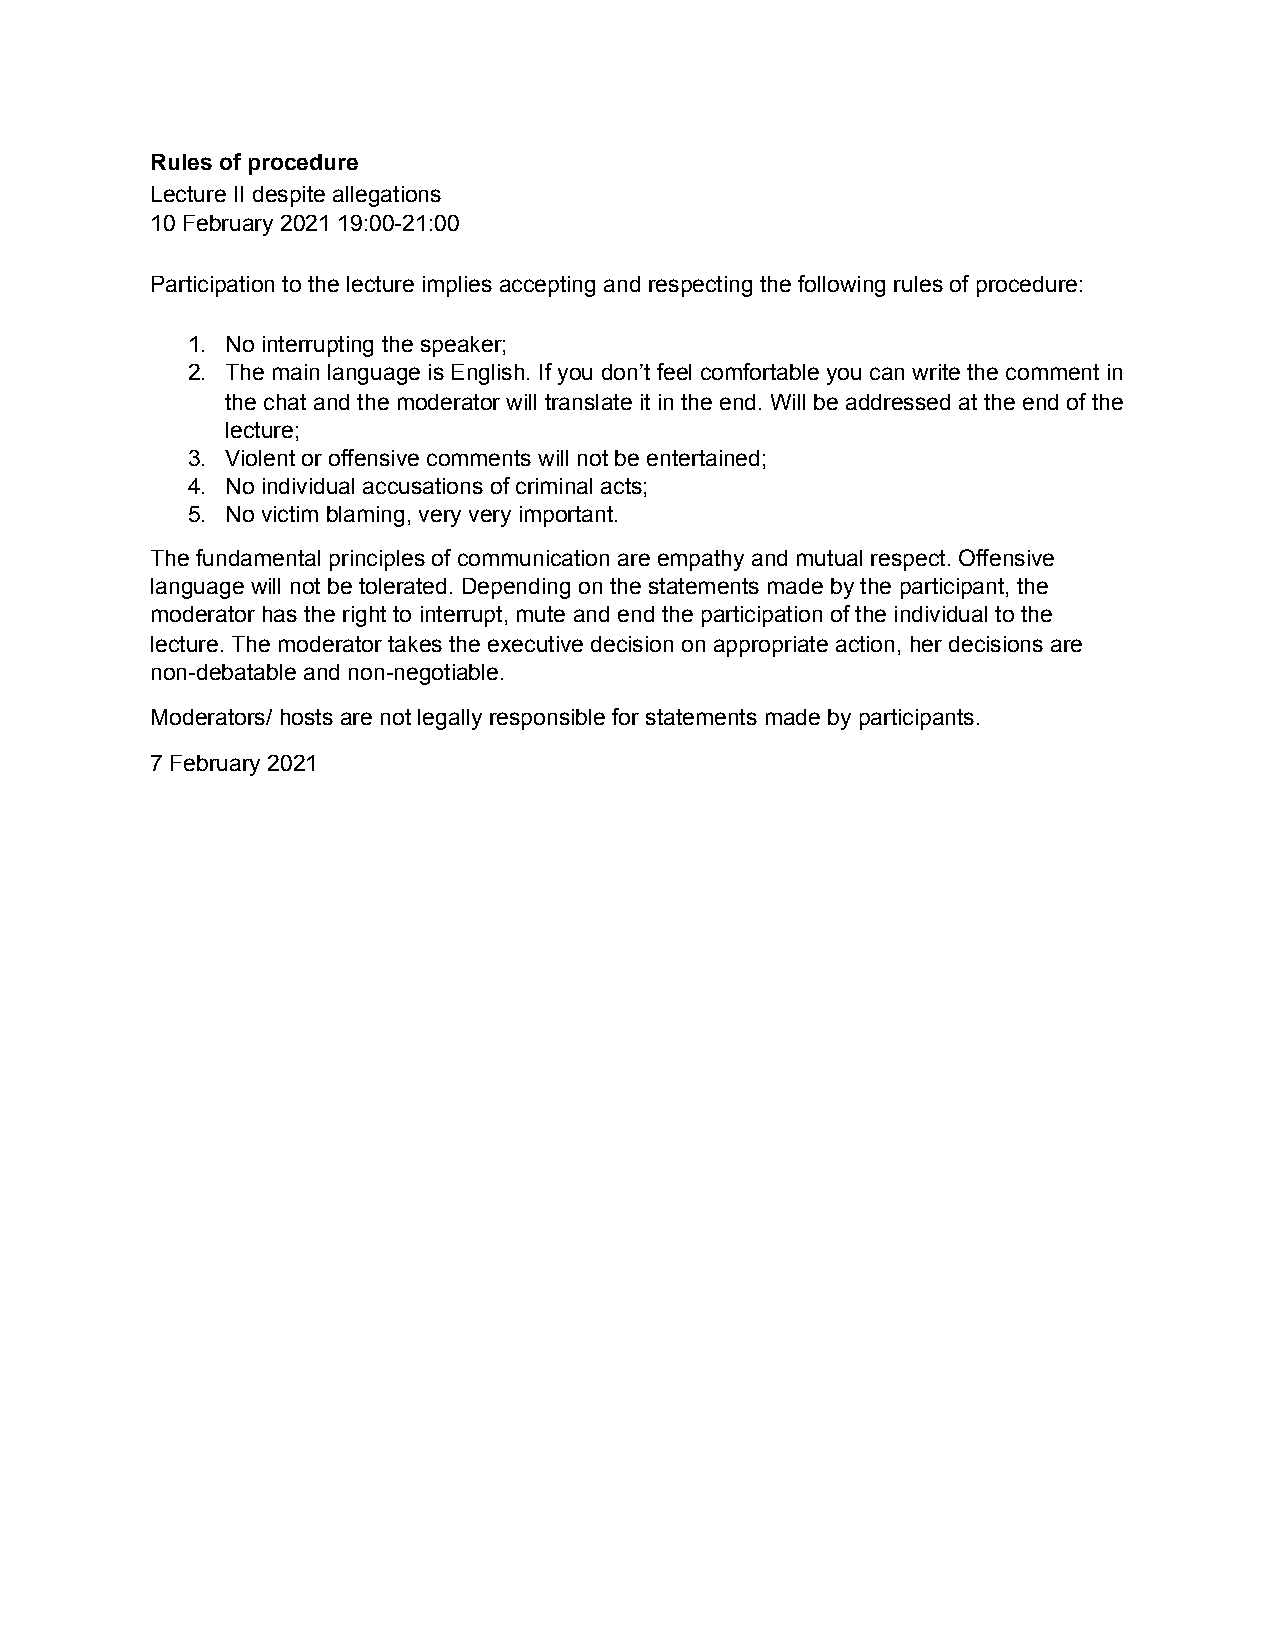
Rules of procedure
 Lecture II despite allegations
 10 February 2021 19:00-21:00
 Participation to the lecture implies accepting and respecting the following rules of procedure:
 1. No interrupting the speaker;
 2. The main language is English. If you don’t feel comfortable you can write the comment in
 the chat and the moderator will translate it in the end. Will be addressed at the end of the
 lecture;
 3. Violent or offensive comments will not be entertained;
 4. No individual accusations of criminal acts;
 5. No victim blaming, very very important.
 The fundamental principles of communication are empathy and mutual respect. Offensive
 language will not be tolerated. Depending on the statements made by the participant, the
 moderator has the right to interrupt, mute and end the participation of the individual to the
 lecture. The moderator takes the executive decision on appropriate action, her decisions are
 non-debatable and non-negotiable.
 Moderators/ hosts are not legally responsible for statements made by participants.
 7 February 2021